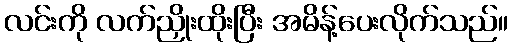
လင်းကို လက်ညှိုးထိုးပြီး အမိန့်ပေးလိုက်သည်။